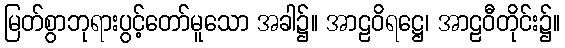
မြတ်စွာဘုရားပွင့်တော်မူသော အခါ၌။ အာဠဝိရဋ္ဌေ၊ အာဠဝီတိုင်း၌။